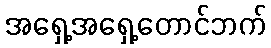
အရှေ့အရှေ့တောင်ဘက်